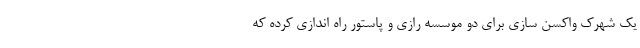
یک شهرک واکسن سازی برای دو موسسه رازی و پاستور راه اندازی کرده که